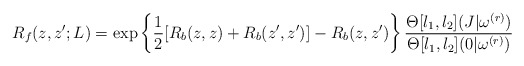
\begin{align*}R_f(z,z';L)=\exp\left\{\frac{1}{2}[R_b(z,z)+R_b(z',z')]-R_b(z,z')\right\}\frac{\Theta[l_1,l_2](J|\omega^{(r)})}{\Theta[l_1,l_2](0|\omega^{(r)})}\end{align*}